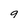
Character: 9